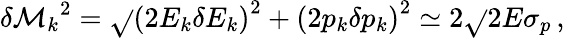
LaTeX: \delta{\mathcal{M}_{k}}^{2}=\sqrt{}{{\left(2E_{k}\delta{E_{k}}\right)^{2}+\left(2p_{k}\delta{p_{k}}\right)^{2}}}\simeq2\sqrt{}{{2}}E\sigma_{p}\, ,